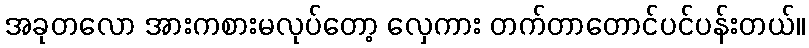
အခုတလော အားကစားမလုပ်တော့ လှေကား တက်တာတောင်ပင်ပန်းတယ်။